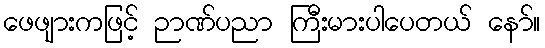
ဖေဖျားကဖြင့် ဉာဏ်ပညာ ကြီးမားပါပေတယ် နော်။